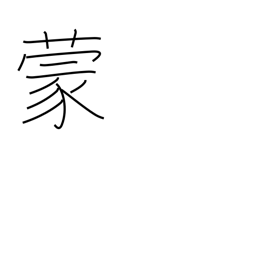
Meaning: be subjected to